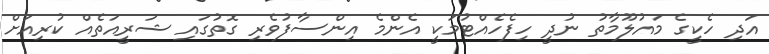
އަދި ހެކީގެ މައުލޫމާތު ނުދީ ހިފެހެއްޓުމަކީ އެންމެ އިންސާފުވެރި ގޮތުގައި ޝަރީއަތެއް ކުރިއަށް